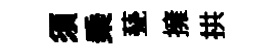
须乗甆擁拱